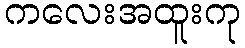
ကလေးအထူးကု